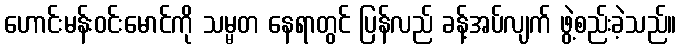
ဟောင်းမန်းဝင်းမောင်ကို သမ္မတ နေရာတွင် ပြန်လည် ခန့်အပ်လျက် ဖွဲ့စည်းခဲ့သည်။